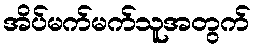
အိပ်မက်မက်သူအတွက်